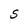
Character: S